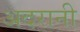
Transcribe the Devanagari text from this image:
अदरानी